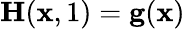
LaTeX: \mathbf{H}(\mathbf{x},1)=\mathbf{g}(\mathbf{x})